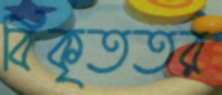
বিকৃততর